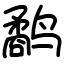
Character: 鹬